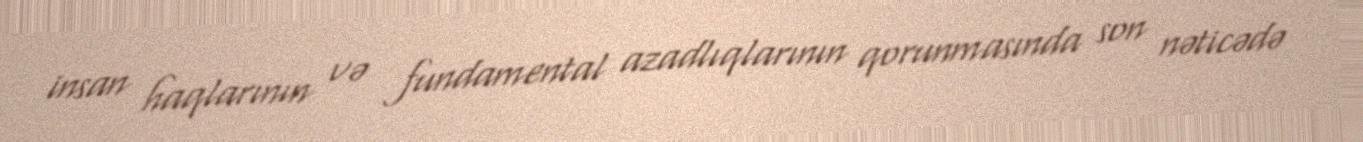
insan haqlarının və fundamental azadlıqlarının qorunmasında son nəticədə